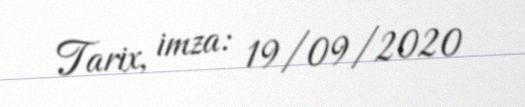
Tarix, imza: 19/09/2020